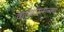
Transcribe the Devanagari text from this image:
काव्यसमन्वय